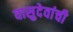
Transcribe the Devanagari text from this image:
वासुदेवांची